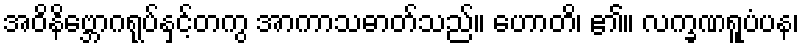
အဝိနိဗ္ဘောဂရုပ်နှင့်တကွ အာကာသဓာတ်သည်။ ဟောတိ၊ ၏။ လက္ခဏရူပံပန၊